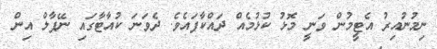
ނިމުނުއިރު އެޓީމުން ވަނީ މޮޅު ކުޅުމެއް ދައްކާފައެވެ. ދެވަނަ ކުއާޓާގައި ނޭޕާލް އިން